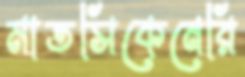
মাতসিকেনেরি